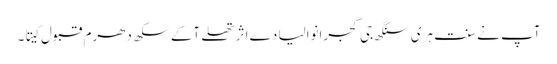
آپ نے سنت ہری سنگھ جی گجرانوالیا دے اثر تھلے آکے سکھ دھرم قبول کیتا۔